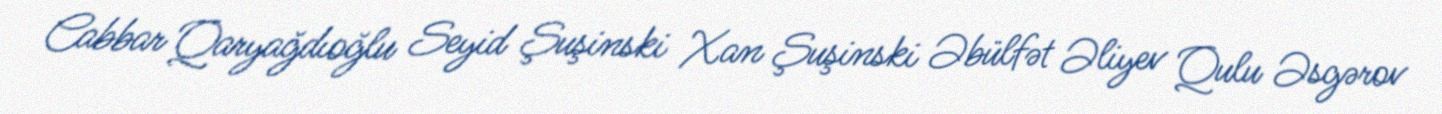
Cabbar Qaryağdıoğlu Seyid Şuşinski Xan Şuşinski Əbülfət Əliyev Qulu Əsgərov